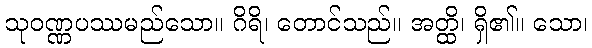
သုဝဏ္ဏပဿမည်သော။ ဂိရိ၊ တောင်သည်။ အတ္ထိ၊ ရှိ၏။ သော၊